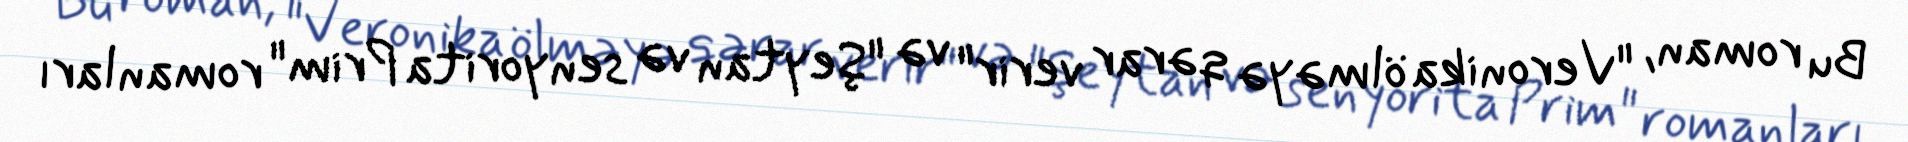
Bu roman, "Veronika ölməyə qərar verir" və "Şeytan və senyorita Prim" romanları